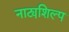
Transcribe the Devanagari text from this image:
नाट्यशिल्प